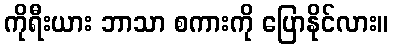
ကိုရီးယား ဘာသာ စကားကို ပြောနိုင်လား။